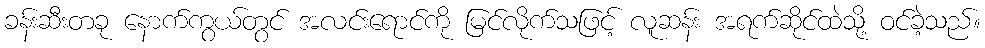
ခန်းဆီးတခု နောက်ကွယ်တွင် အလင်းရောင်ကို မြင်လိုက်သဖြင့် လူဆန်း အရက်ဆိုင်ထဲသို့ ဝင်ခဲ့သည်။